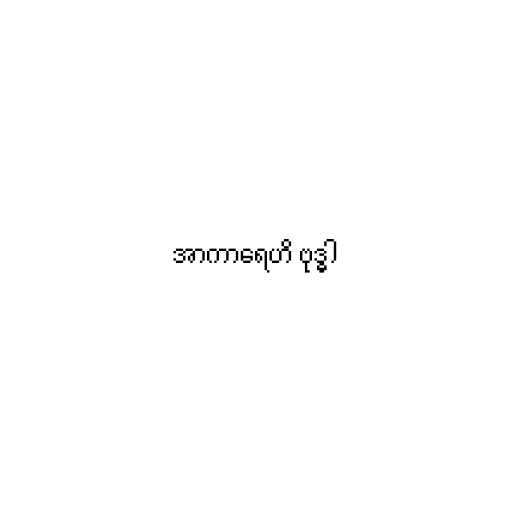
အာကာရေဟိ ဗုဒ္ဓါ